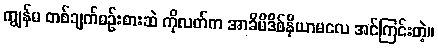
ကျွန်မ တစ်ချက်စဉ်းစားဆဲ ကိုလတ်က အာခိမိဒိစ်နိယာမလေ အင်ကြင်းတဲ့။